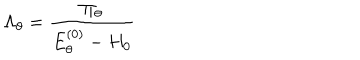
LaTeX: \Lambda _ { \theta } = \frac { \Pi _ { \theta } } { E _ { \theta } ^ { ( 0 ) } - H _ { 0 } }